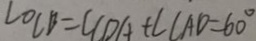
\angle O C B = \angle C D A + \angle C A D = 6 0 ^ { \circ }